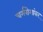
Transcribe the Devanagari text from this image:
चर्मरोगांवर